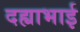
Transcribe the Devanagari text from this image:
दह्याभाई